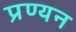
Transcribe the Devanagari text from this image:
प्रण्यन